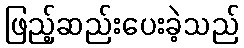
ဖြည့်ဆည်းပေးခဲ့သည်